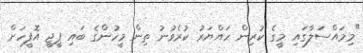
"މިމައްސަލާގައި މީގެ ކުރިން ހައްޔަރު ކުރެވުނު ތިން މީހުންގެ ބައި ޕީޖީ އޮފީހަށް